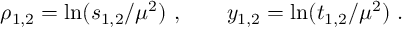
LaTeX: \rho _ { 1 , 2 } = \ln ( s _ { 1 , 2 } / \mu ^ { 2 } ) ~ , \qquad y _ { 1 , 2 } = \ln ( t _ { 1 , 2 } / \mu ^ { 2 } ) ~ .